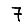
Digit: 7